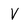
Character: V